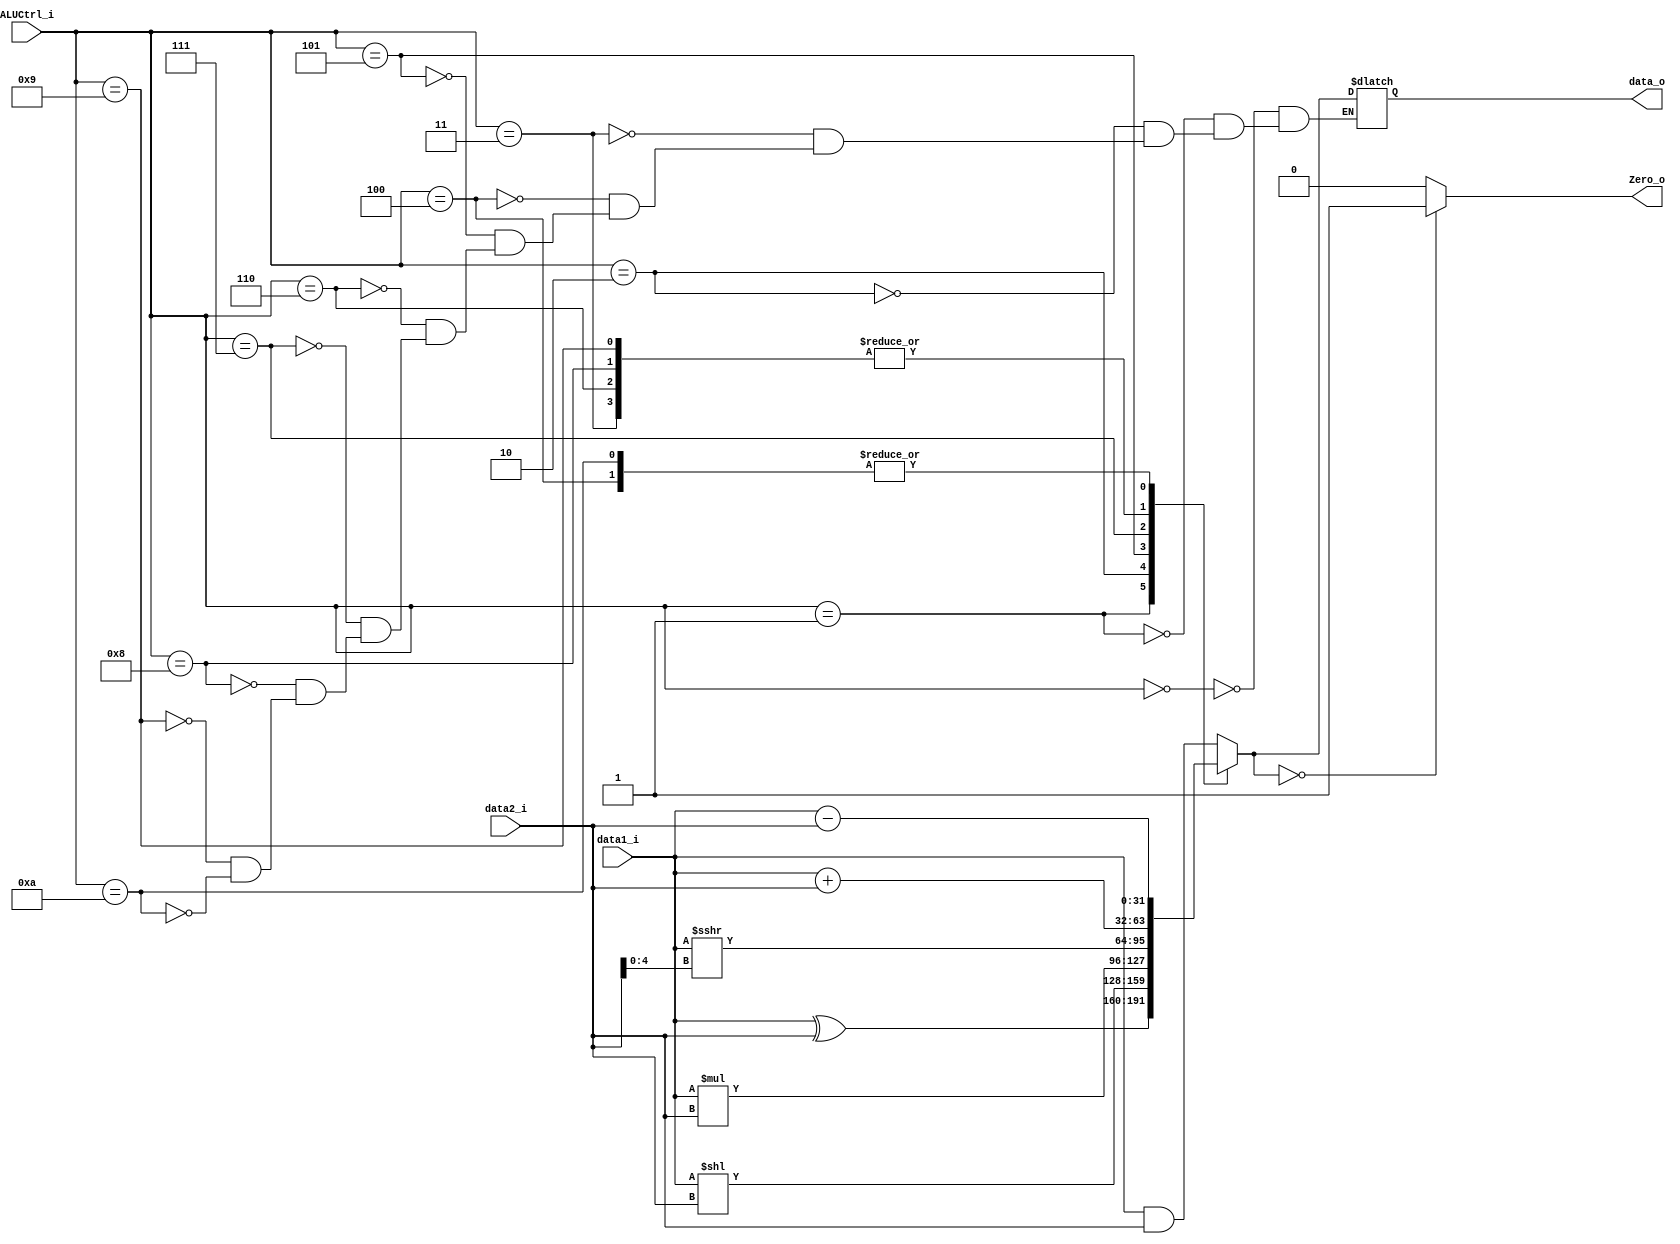
module ALU(
    data1_i    ,
    data2_i    ,
    ALUCtrl_i  ,
    data_o     ,
    Zero_o     
);
input signed [31:0] data1_i, data2_i;
input [3:0] ALUCtrl_i;
output signed [31:0] data_o;
output Zero_o;
reg signed [31:0] tmp;
reg b;
assign Zero_o = b;
assign data_o = tmp;

`define AND 4'b0000
`define XOR 4'b0001
`define SLL 4'b0010
`define ADD 4'b0011
`define SUB 4'b0100
`define MUL 4'b0101
`define addi 4'b0110
`define srai 4'b0111
`define lw 4'b1000
`define sw  4'b1001
`define beq  4'b1010


always @(*) begin
	case (ALUCtrl_i) 
		`AND: tmp = data1_i & data2_i;
		`XOR: tmp = data1_i ^ data2_i;
		`SLL: tmp = data1_i << data2_i;
		`ADD: tmp = data1_i + data2_i;
		`SUB: tmp = data1_i - data2_i;
		`MUL: tmp = data1_i * data2_i;
		`addi: tmp = data1_i + data2_i;
		`srai: tmp = data1_i >>> data2_i[4:0];
		`lw: tmp = data1_i + data2_i;
		`sw: tmp = data1_i + data2_i;
		`beq: tmp = data1_i - data2_i;
	endcase

	if(tmp == 0)
	begin
		b=1'b1;
	end
	else begin
		b=1'b0;
	end
end
endmodule